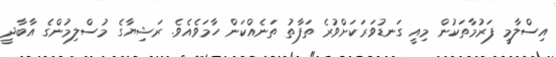
އިސްލާމީ ފަރުމާތަކުން މިއީ ގަނޑުވަރަކަށްވުރެ ތަފާތު ތަނެއްކަން ހާމަވެއެވެ. ރަޝިޔާގެ މުސްލިމުންގެ އާބާދީ